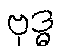
ဗုဒ္ဓ